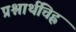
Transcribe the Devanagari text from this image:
प्रश्नार्थचिह्न